Jaan_Tonisson_(Lasteleht), lk 41
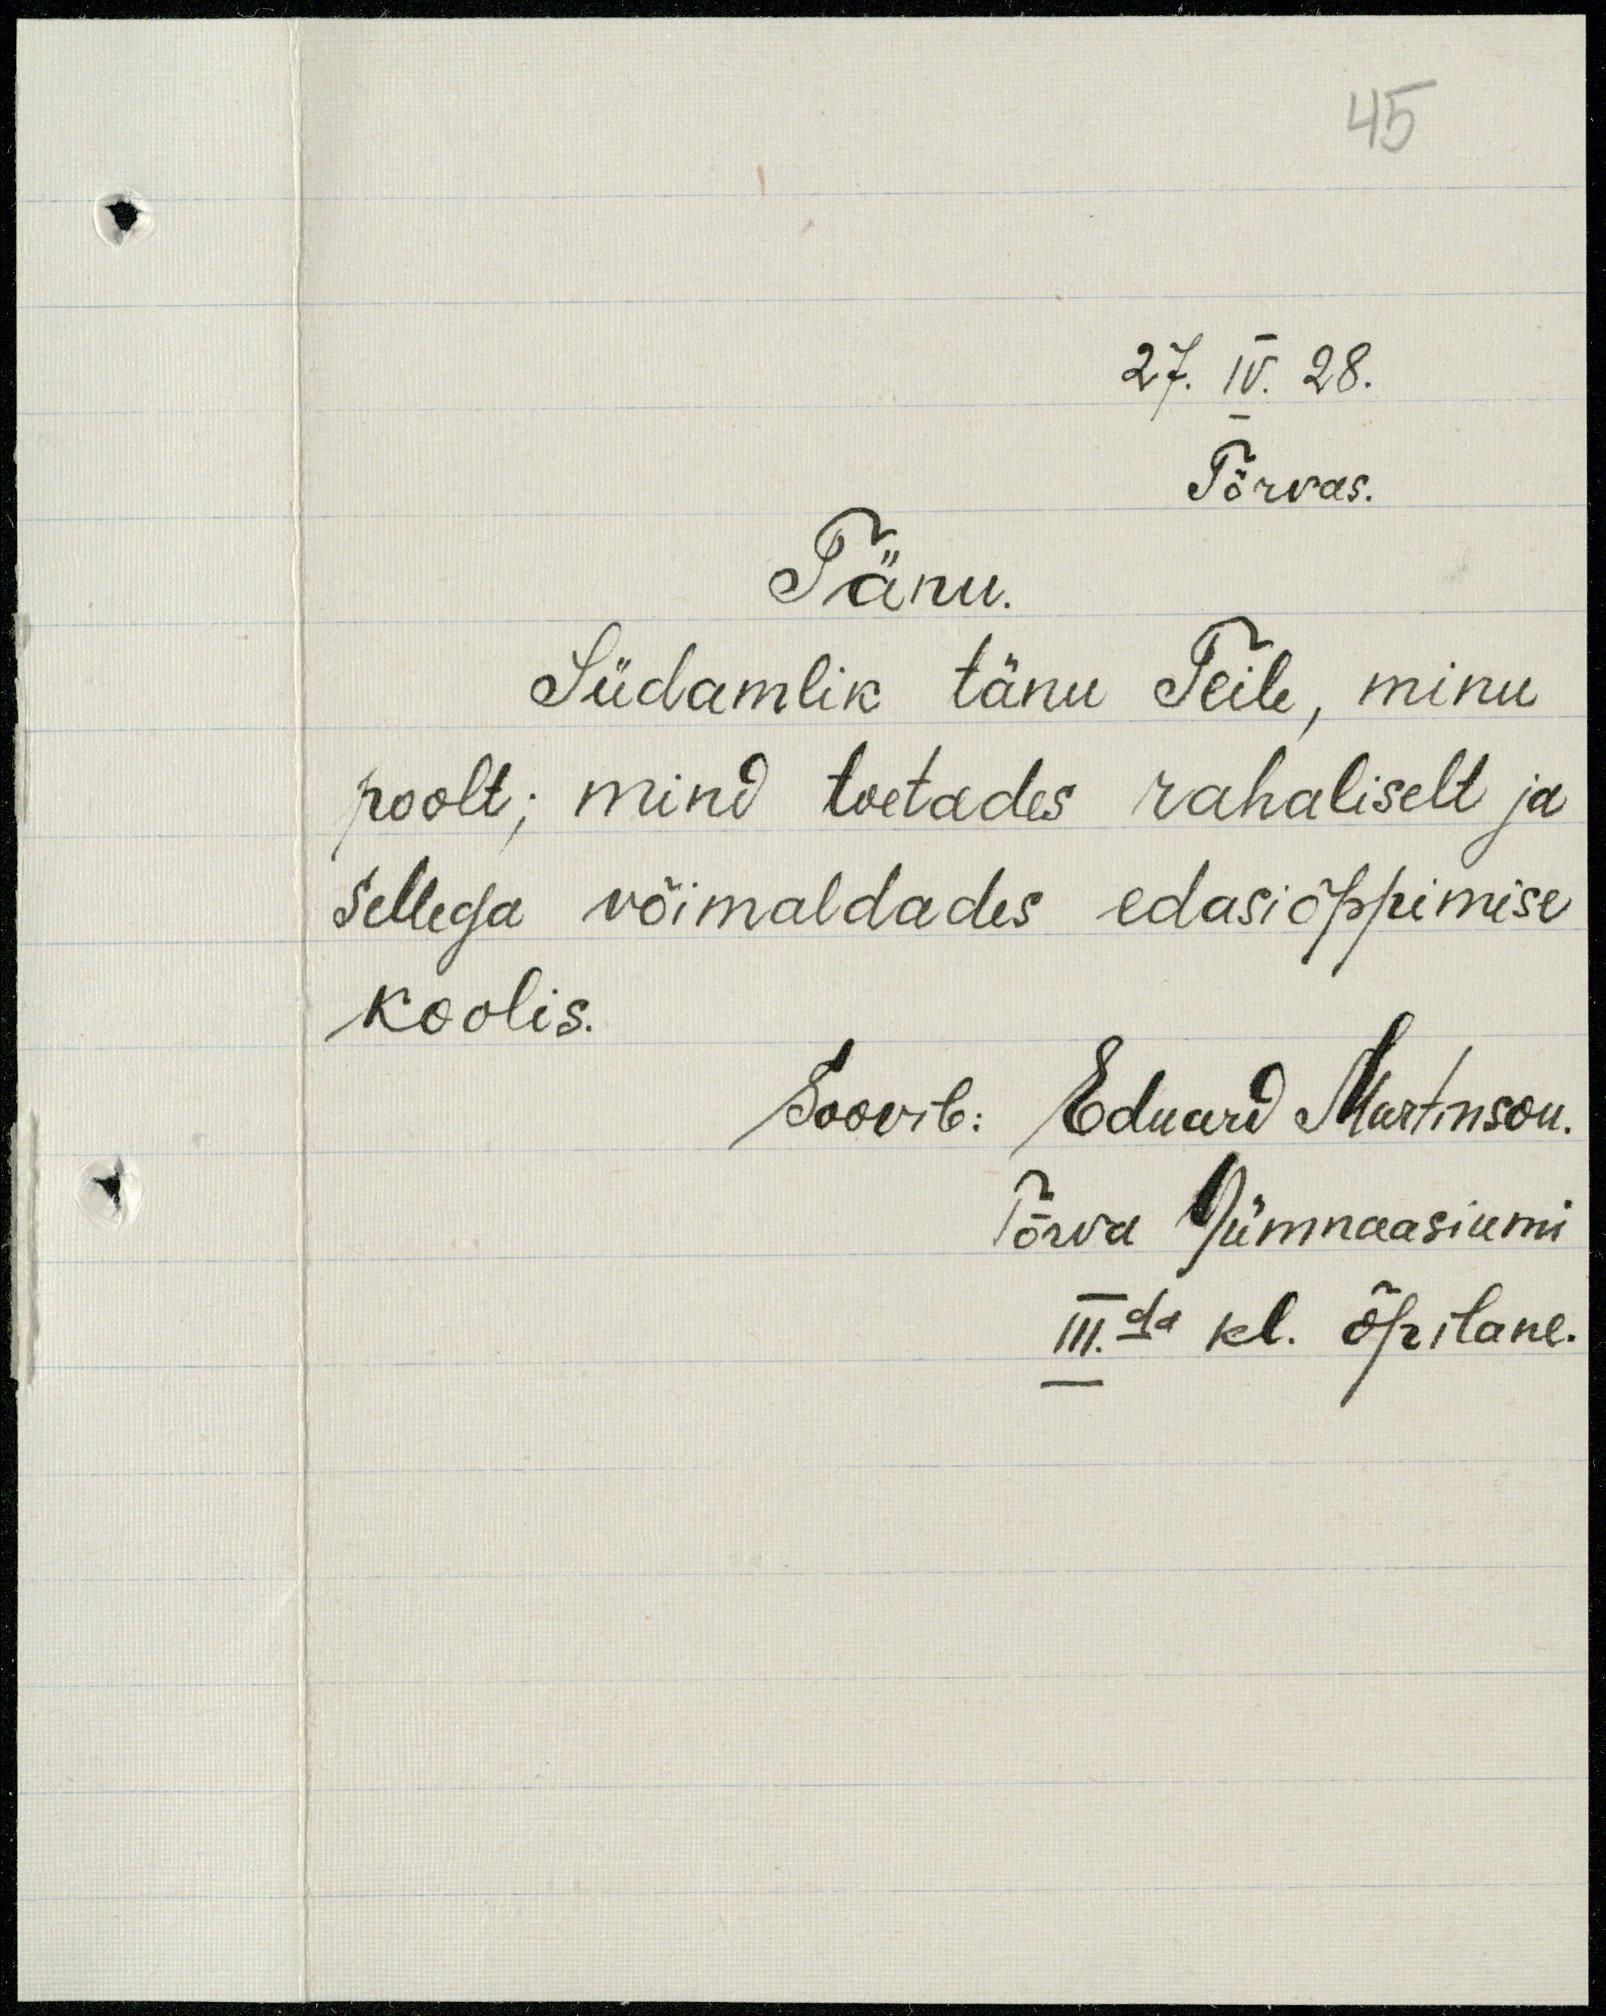
45
27. IV. 28.
Tõrvas.
Tänu.
Südamlik tänu Teile, minu
poolt; mind toetades rahaliselt ja
Sellega võimaldades edasiõppimise
koolis.
Soovib: Eduard Martinson.
Tõrva Gümnaasiumi
III.da kl. õpilane.